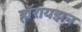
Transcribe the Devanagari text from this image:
हॉरायझन